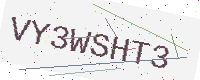
Text: VY3WSHT3